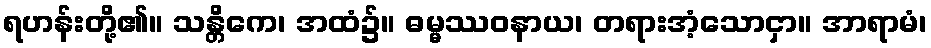
ရဟန်းတို့၏။ သန္တိကေ၊ အထံ၌။ ဓမ္မဿဝနာယ၊ တရားအံ့သောငှာ။ အာရာမံ၊